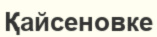
Қайсеновке